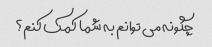
چگونه می توانم به شما کمک کنم؟